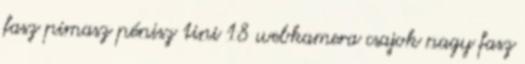
fasz pimasz pénisz tini 18 webkamera csajok nagy fasz